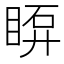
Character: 𥇼